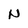
Character: N